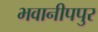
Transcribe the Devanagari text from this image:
भवानीपपुर